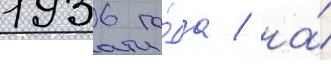
1936 го́да / на́